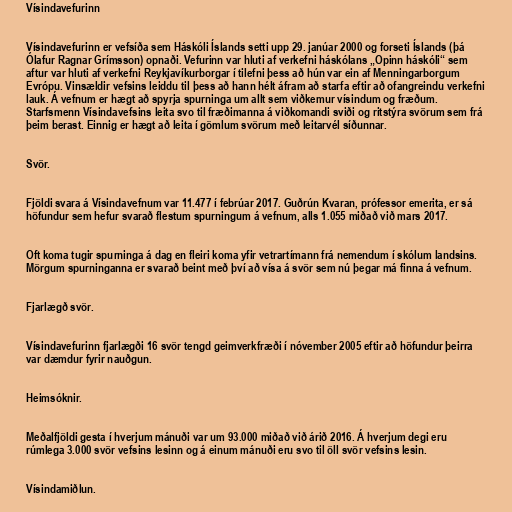
Vísindavefurinn

Vísindavefurinn er vefsíða sem Háskóli Íslands setti upp 29. janúar 2000 og forseti Íslands (þá
Ólafur Ragnar Grímsson) opnaði. Vefurinn var hluti af verkefni háskólans „Opinn háskóli“ sem
aftur var hluti af verkefni Reykjavíkurborgar í tilefni þess að hún var ein af Menningarborgum
Evrópu. Vinsældir vefsins leiddu til þess að hann hélt áfram að starfa eftir að ofangreindu verkefni
lauk. Á vefnum er hægt að spyrja spurninga um allt sem viðkemur vísindum og fræðum.
Starfsmenn Vísindavefsins leita svo til fræðimanna á viðkomandi sviði og ritstýra svörum sem frá
þeim berast. Einnig er hægt að leita í gömlum svörum með leitarvél síðunnar.

Svör.

Fjöldi svara á Vísindavefnum var 11.477 í febrúar 2017. Guðrún Kvaran, prófessor emerita, er sá
höfundur sem hefur svarað flestum spurningum á vefnum, alls 1.055 miðað við mars 2017.

Oft koma tugir spurninga á dag en fleiri koma yfir vetrartímann frá nemendum í skólum landsins.
Mörgum spurninganna er svarað beint með því að vísa á svör sem nú þegar má finna á vefnum.

Fjarlægð svör.

Vísindavefurinn fjarlægði 16 svör tengd geimverkfræði í nóvember 2005 eftir að höfundur þeirra
var dæmdur fyrir nauðgun.

Heimsóknir.

Meðalfjöldi gesta í hverjum mánuði var um 93.000 miðað við árið 2016. Á hverjum degi eru
rúmlega 3.000 svör vefsins lesinn og á einum mánuði eru svo til öll svör vefsins lesin.

Vísindamiðlun.